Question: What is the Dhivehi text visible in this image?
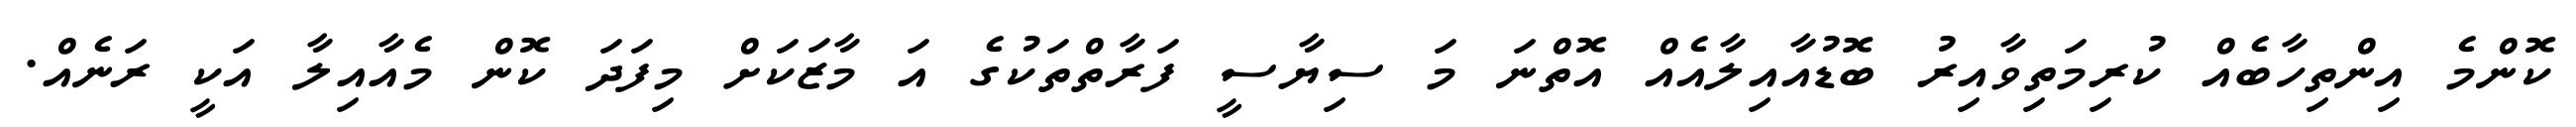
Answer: ކޮންމެ އިންތިހާބެއް ކުރިމަތިވާއިރު ބޮޑުއާއިލާއެއް އޮތްނަ މަ ސިޔާސީ ފަރާތްތަކުގެ އަ މާޒަކަށް މިފަދަ ކޮން މެއާއިލާ އަކީ ރަނެއް.